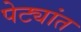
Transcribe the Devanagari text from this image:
पेट्यांत